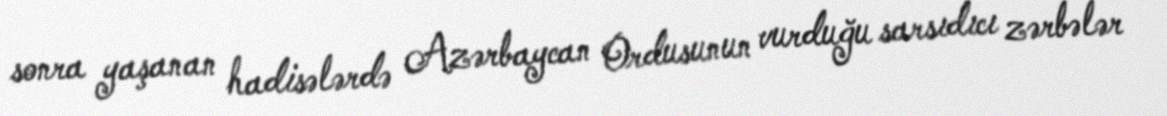
sonra yaşanan hadisələrdə Azərbaycan Ordusunun vurduğu sarsıdıcı zərbələr